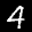
Label: 4